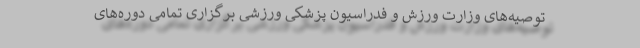
توصیه‌های وزارت ورزش و فدراسیون پزشکی ورزشی برگزاری تمامی دوره‌های